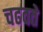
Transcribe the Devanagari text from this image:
चढवते